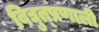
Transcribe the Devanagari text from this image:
विद्युत्प्रणाली